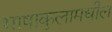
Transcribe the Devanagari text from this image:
भाषाकुलामधील